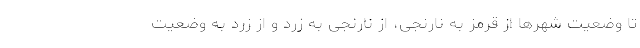
تا وضعیت شهرها از قرمز به نارنجی، از نارنجی به زرد و از زرد به وضعیت